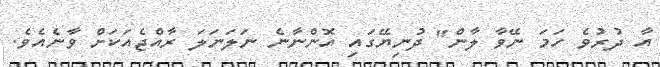
އާ ދުރުވެ ހަމަ ނޭވާ ލާން" ދުނިޔޭގައި އޮންނާނެ ނަލަނަލަ ރާއްޖެއަކަށް ވާނެއެވެ.